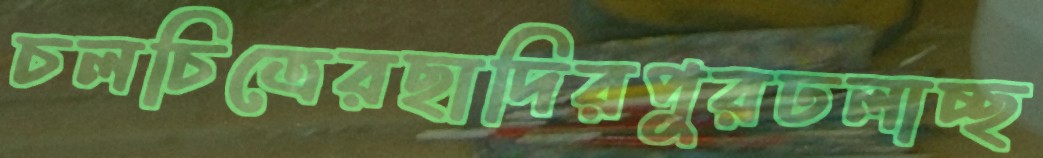
চলচিত্রেরছাদিরপুরঢলাচ্ছ